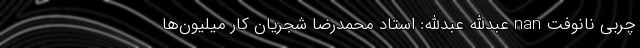
چربی نانوفت nan عبدالله عبدالله: استاد محمدرضا شجریان کار میلیون‌ها